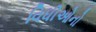
વિધીઓનો